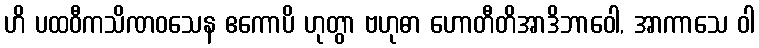
ဟိ ပထဝီကသိဏဝသေန ဧကောပိ ဟုတွာ ဗဟုဓာ ဟောတီတိအာဒိဘာဝေါ, အာကာသေ ဝါ